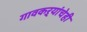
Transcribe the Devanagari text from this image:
गावकऱ्यांचेही